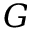
G